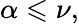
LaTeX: \alpha\leqslant\nu,